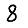
Digit: 8